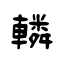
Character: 轔